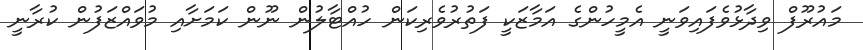
މައުރޫފް ވިދާޅުވެފައިވަނީ އެމީހުންގެ އަމާޒަކީ ފަތުރުވެރިކަން ހުއްޓާލުން ނޫން ކަމަށާއި މުވައްޒަފުން ކުރާނީ